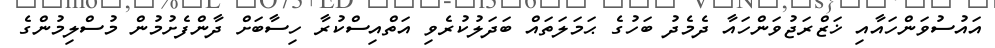
އައުސުވަންހައާއި ޚަޒްރަޖުވަންހައާ ދެމެދު ބަހުގެ ޙަމަލަތައް ބަދަލުކުރެވި އަތްއިސްކުރާ ހިސާބަށް ދާންފެށުމުން މުސްލިމުންގެ